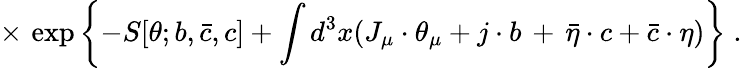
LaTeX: \times\, \exp\left\{ -S[\theta;b,{\bar{c}},c]+\int d^{3}x(J_{\mu}\cdot\theta_{\mu}+j\cdot b\, +\, {\bar{\eta}}\cdot c+{\bar{c}}\cdot\eta)\right\} \; .